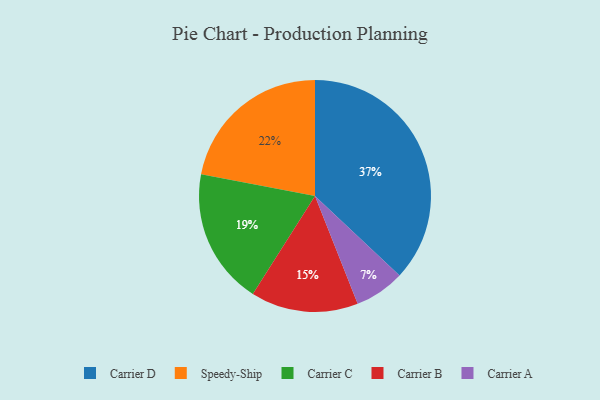
{"axis": {"x": "Category", "y": "Percentage"}, "legend": ["Carrier A", "Carrier B", "Carrier C", "Carrier D", "Speedy-Ship"], "data": [{"x": "Carrier B", "y": 15, "type": "Carrier B"}, {"x": "Carrier C", "y": 19, "type": "Carrier C"}, {"x": "Carrier A", "y": 7, "type": "Carrier A"}, {"x": "Speedy-Ship", "y": 22, "type": "Speedy-Ship"}, {"x": "Carrier D", "y": 37, "type": "Carrier D"}]}